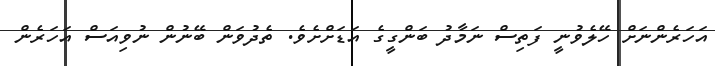
އަހަރެންނަށް ހޭލެވުނީ ފަތިސް ނަމާދު ބަންގީގެ އަޑަށްށެވެ. ތެދުވަން ބޭނުން ނުވިއަސް އަހަރެން